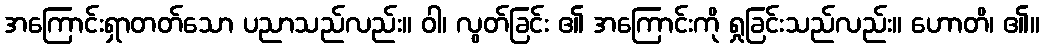
အကြောင်းရှာတတ်သော ပညာသည်လည်း။ ဝါ၊ လွတ်ခြင်း ၏ အကြောင်းကို ရှုခြင်းသည်လည်း။ ဟောတိ၊ ၏။